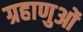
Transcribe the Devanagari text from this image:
ग्रहाणुओं